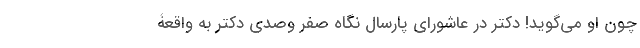
چون او می‌گوید! دکتر در عاشورای پارسال نگاه صفر وصدی دکتر به واقعۀ